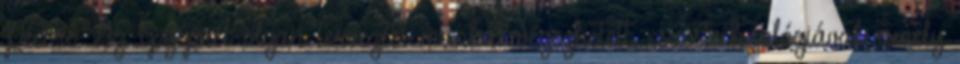
Pécsre. Az Épgépnél olyan tervezési munkát végezhetett, csúcstechnológiával, amely